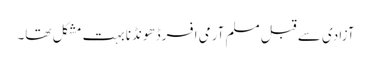
آزادی سے قبل مسلم آرمی افسرڈھونڈنا بہت مشکل تھا۔